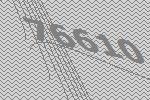
76610